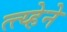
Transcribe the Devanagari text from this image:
त्त्य्हेने